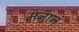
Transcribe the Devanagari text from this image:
मनानं